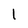
Character: l